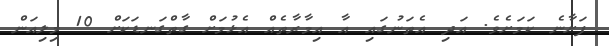
ފަށާނެ ކަމަށެވެ. އަދި އެތަނުގައި އާ އިމާރާތެއް އެޅުމަށް ގާތްގަނޑަކަށް 10 މިލިއަން